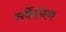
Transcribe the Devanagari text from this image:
सर्कैनिक